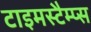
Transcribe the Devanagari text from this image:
टाइमस्टैम्प्स